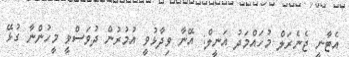
އެޓާނީ ޖެނެރަލް މުހައްމަދު އަނީލް: އޭނާ ވިދާޅުވީ އުމުރުން ދުވަސްވީ މީހުންނާ ގުޅޭ